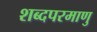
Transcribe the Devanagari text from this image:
शब्दपरमाणु